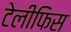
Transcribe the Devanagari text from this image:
टेलीफिस